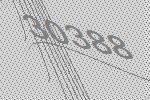
30388